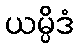
ယမ္ပိဒံ